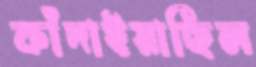
কাঁদাইয়াছিল